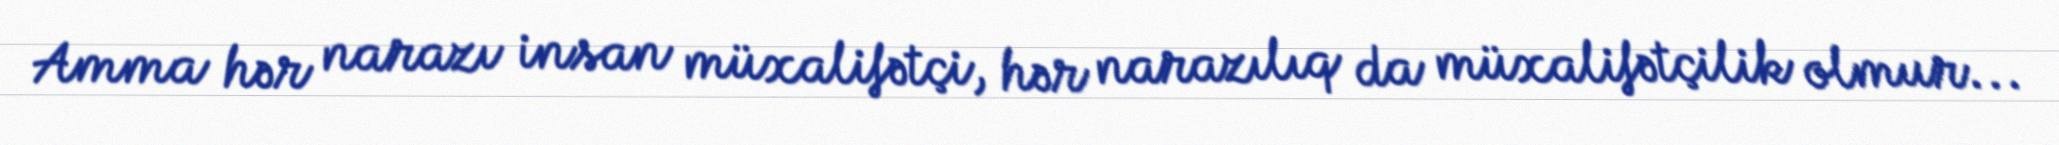
Amma hər narazı insan müxalifətçi, hər narazılıq da müxalifətçilik olmur...